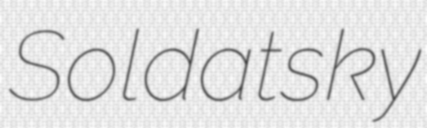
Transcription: Soldatsky